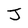
Character: J